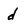
Character: d